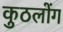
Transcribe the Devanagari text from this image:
कुठलोंग